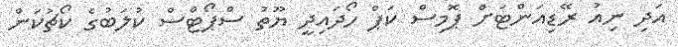
އަދި ނިއު ރޭޑިއަންޓަށް ޕޮމިސް ކަޕް ހޯދައިދީ ޔޫތު ސްޕޯޓްސް ކުލަބުގެ ކޯޗުކަން